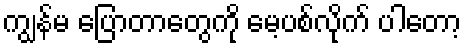
ကျွန်မ ပြောတာတွေကို မေ့ပစ်လိုက် ပါတော့